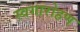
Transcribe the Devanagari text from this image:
स्वगारोहण